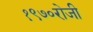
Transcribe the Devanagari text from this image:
१९७०रोजी